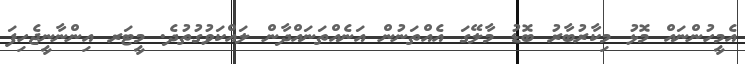
އެމީހުންނައް މޮޅު މިކާރުބާރު ބޮޑު މާލޭގަ އެއްތަނުން އަނެއްތަނައްދާން ލައްކަވުގުތުދެ. މީޓަރ އިންނާނީޖެހިފަ